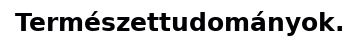
Természettudományok.